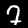
Digit: 7